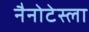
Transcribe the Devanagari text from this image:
नैनोटेस्ला